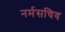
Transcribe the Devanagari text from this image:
नर्मसचिव